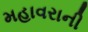
મહાવરાની